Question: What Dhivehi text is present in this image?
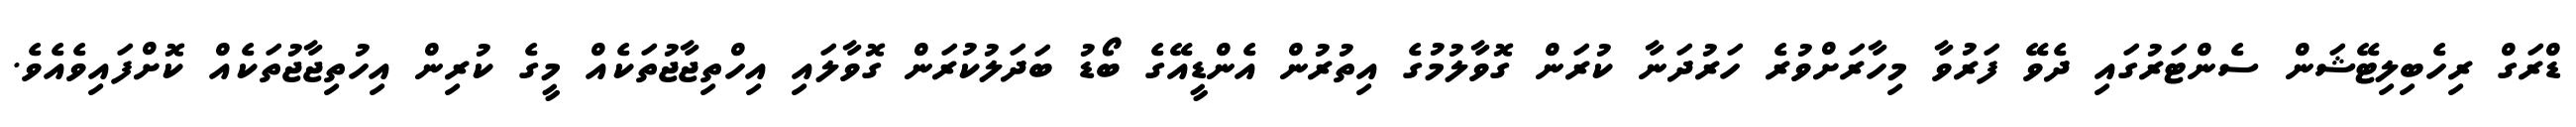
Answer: ޑްރަގް ރިހެބިލިޓޭޝަން ސެންޓަރުގައި ދެވޭ ފަރުވާ މިހާރަށްވުރެ ހަރުދަނާ ކުރަން ގޮވާލުމުގެ އިތުރުން އެންޑީއޭގެ ބޯޑު ބަދަލުކުރަން ގޮވާލައި އިހްތިޖާޖުތަކެއް މީގެ ކުރިން އިހުތިޖާޖުތަކެއް ކޮށްފައިވެއެވެ.